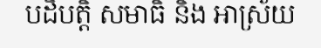
បដិបត្តិ សមាធិ និង ឤស្រ័យ